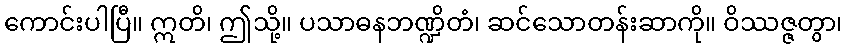
ကောင်းပါပြီ။ ဣတိ၊ ဤသို့။ ပသာဓနဘဏ္ဍိတံ၊ ဆင်သောတန်းဆာကို။ ဝိဿဇ္ဇတွာ၊